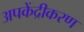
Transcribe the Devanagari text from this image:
अपकेंद्रीकरण